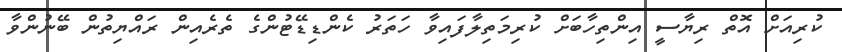
ކުރިއަށް އޮތް ރިޔާސީ އިންތިހާބަށް ކުރިމަތިލާފައިވާ ހަތަރު ކެންޑިޑޭޓުންގެ ތެރެއިން ރައްޔިތުން ބޭނުންވާ